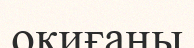
оқиғаны